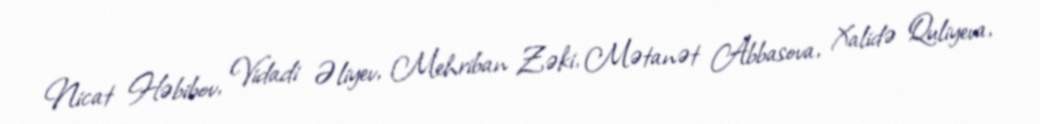
Nicat Həbibov, Vidadi Əliyev, Mehriban Zəki, Mətanət Abbasova, Xalidə Quliyeva,